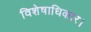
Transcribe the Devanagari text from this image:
विशेषाधिकार।